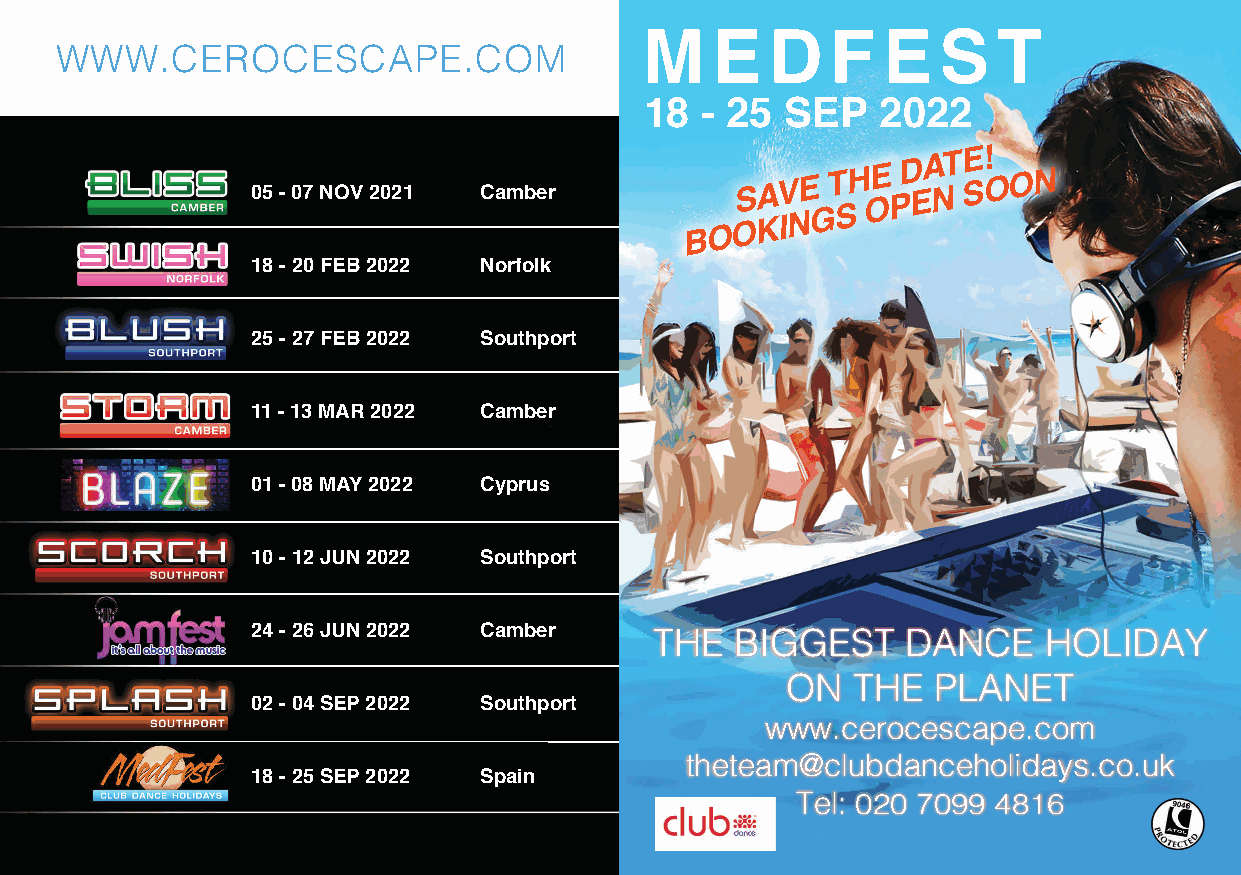
M   E   D   F  E   S   T
 WWW.CEROCESCAPE.COM
 18 - 25  SEP   2022
 05-07NOV2021   Camber       BOOS
 KAV INE GT SH OE PD EA
 NTE S!
 OON
 18-20FEB2022   Norfolk
 25-27FEB2022   Southport
 11-13MAR2022   Camber
 01-08MAY2022   Cyprus
 10-12JUN2022   Southport
 24-26JUN2022   Camber
 THE   BIGGEST    DANCE    HOLIDAY
 ON  THE   PLANET
 02-04SEP2022   Southport
 www.cerocescape.com
 theteam@clubdanceholidays.co.uk
 18-25SEP2022   Spain
 Tel: 020 7099 4816